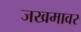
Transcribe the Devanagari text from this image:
जखमावर